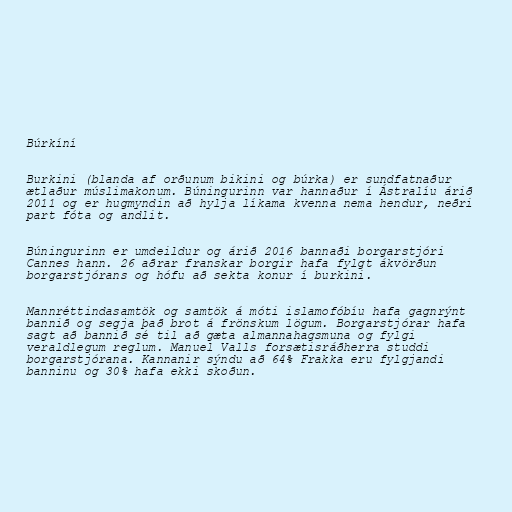
Búrkíní

Burkini (blanda af orðunum bikini og búrka) er sundfatnaður
ætlaður múslimakonum. Búningurinn var hannaður í Ástralíu árið
2011 og er hugmyndin að hylja líkama kvenna nema hendur, neðri
part fóta og andlit.

Búningurinn er umdeildur og árið 2016 bannaði borgarstjóri
Cannes hann. 26 aðrar franskar borgir hafa fylgt ákvörðun
borgarstjórans og hófu að sekta konur í burkini.

Mannréttindasamtök og samtök á móti islamofóbíu hafa gagnrýnt
bannið og segja það brot á frönskum lögum. Borgarstjórar hafa
sagt að bannið sé til að gæta almannahagsmuna og fylgi
veraldlegum reglum. Manuel Valls forsætisráðherra studdi
borgarstjórana. Kannanir sýndu að 64% Frakka eru fylgjandi
banninu og 30% hafa ekki skoðun.